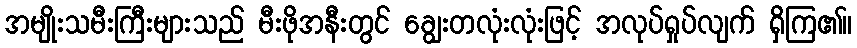
အမျိုးသမီးကြီးများသည် မီးဖိုအနီးတွင် ချွေးတလုံးလုံးဖြင့် အလုပ်ရှုပ်လျက် ရှိကြ၏။